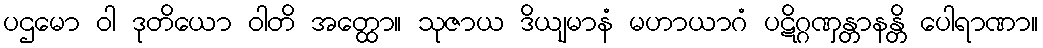
ပဌမော ဝါ ဒုတိယော ဝါတိ အတ္ထော။ သုဇာယ ဒိယျမာနံ မဟာယာဂံ ပဋိဂ္ဂဏှန္တာနန္တိ ပေါရာဏာ။